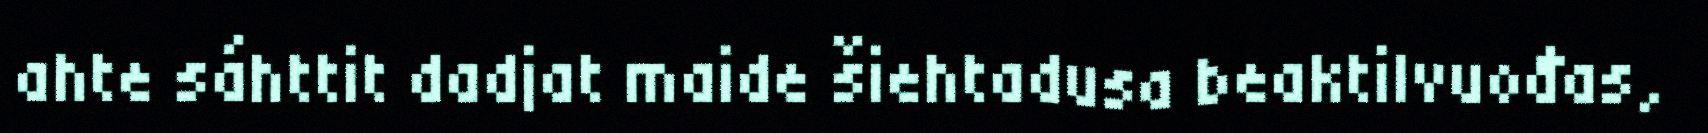
ahte sáhttit dadjat maide šiehtadusa beaktilvuođas,